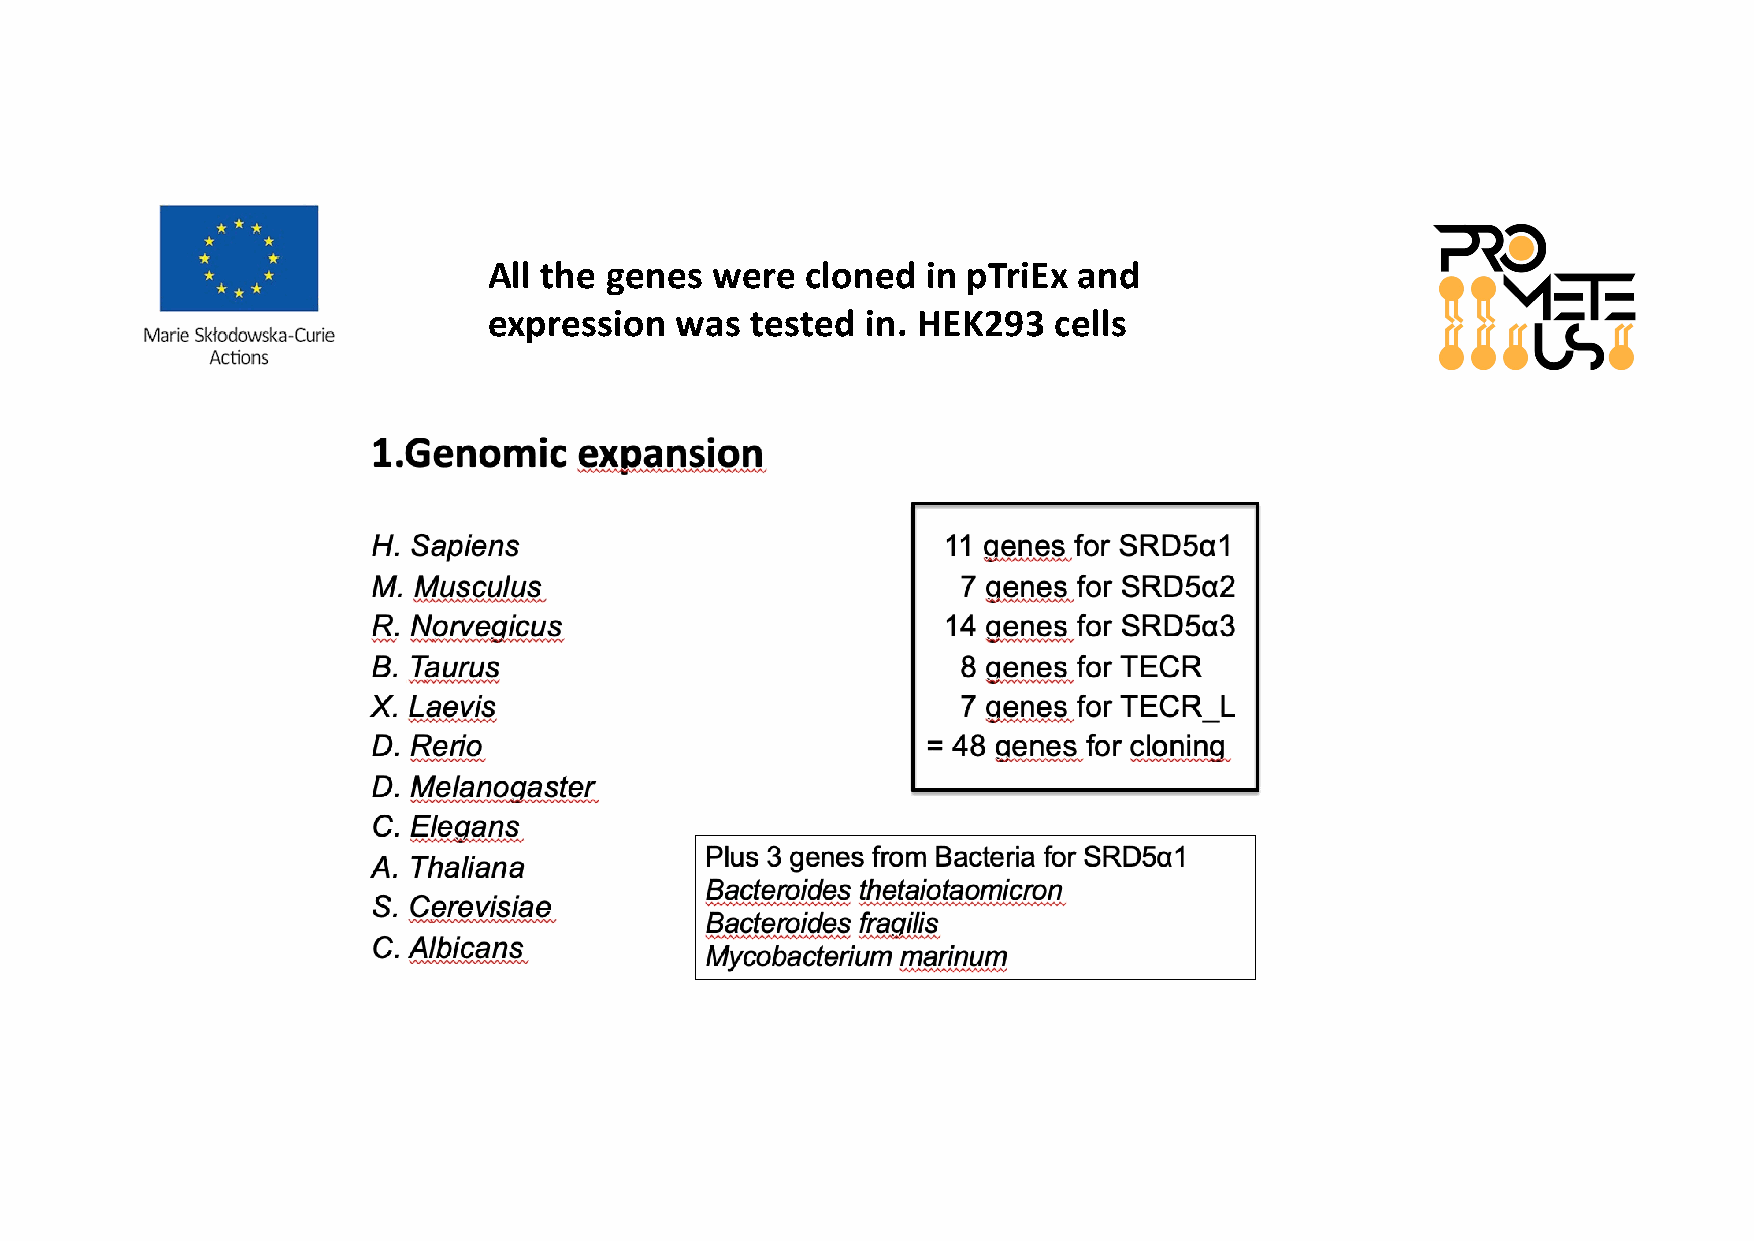
All the genes  were  cloned  in pTriEx and
 expression   was  tested in. HEK293   cells